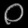
Digit: ၀